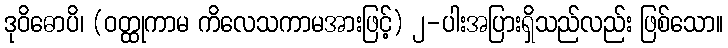
ဒုဝိဓောပိ၊ (ဝတ္ထုကာမ ကိလေသကာမအားဖြင့်) ၂-ပါးအပြားရှိသည်လည်း ဖြစ်သော။